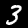
Digit: 3